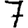
Digit: 7